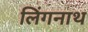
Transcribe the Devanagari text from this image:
लिंगनाथ